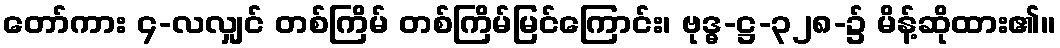
တော်ကား ၄-လလျှင် တစ်ကြိမ် တစ်ကြိမ်မြင်ကြောင်း၊ ဗုဒ္ဓ-ဋ္ဌ-၃၂၈-၌ မိန့်ဆိုထား၏။